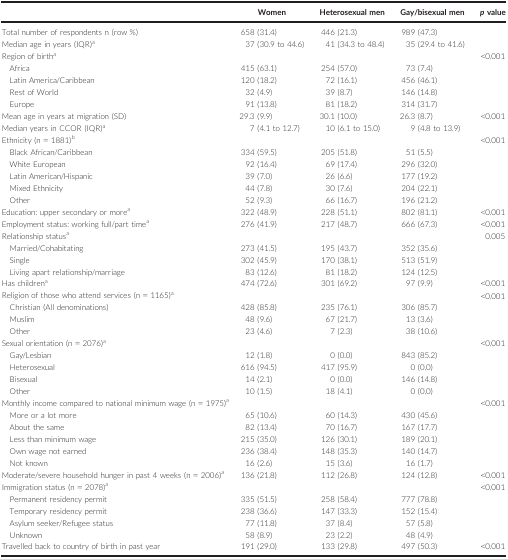
<table><thead><tr><td><b> </b></td><td><b>Women</b></td><td><b>Heterosexual men</b></td><td><b>Gay/bisexual men</b></td><td><b><i>p</i> value</b></td></tr></thead><tbody><tr><td>Total number of respondents n (row %)</td><td>658 (31.4)</td><td>446 (21.3)</td><td>989 (47.3)</td><td></td></tr><tr><td>Median age in years (IQR)a</td><td>37 (30.9 to 44.6)</td><td>41 (34.3 to 48.4)</td><td>35 (29.4 to 41.6)</td><td></td></tr><tr><td colspan="4">Region of birtha</td><td>&lt;0.001</td></tr><tr><td>Africa</td><td>415 (63.1)</td><td>254 (57.0)</td><td>73 (7.4)</td><td rowspan="4"></td></tr><tr><td>Latin America/Caribbean</td><td>120 (18.2)</td><td>72 (16.1)</td><td>456 (46.1)</td></tr><tr><td>Rest of World</td><td>32 (4.9)</td><td>39 (8.7)</td><td>146 (14.8)</td></tr><tr><td>Europe</td><td>91 (13.8)</td><td>81 (18.2)</td><td>314 (31.7)</td></tr><tr><td>Mean age in years at migration (SD)</td><td>29.3 (9.9)</td><td>30.1 (10.0)</td><td>26.3 (8.7)</td><td>&lt;0.001</td></tr><tr><td>Median years in CCOR (IQR)a</td><td>7 (4.1 to 12.7)</td><td>10 (6.1 to 15.0)</td><td>9 (4.8 to 13.9)</td><td></td></tr><tr><td colspan="4">Ethnicity (n = 1881)b</td><td>&lt;0.001</td></tr><tr><td>Black African/Caribbean</td><td>334 (59.5)</td><td>205 (51.8)</td><td>51 (5.5)</td><td rowspan="5"></td></tr><tr><td>White European</td><td>92 (16.4)</td><td>69 (17.4)</td><td>296 (32.0)</td></tr><tr><td>Latin American/Hispanic</td><td>39 (7.0)</td><td>26 (6.6)</td><td>177 (19.2)</td></tr><tr><td>Mixed Ethnicity</td><td>44 (7.8)</td><td>30 (7.6)</td><td>204 (22.1)</td></tr><tr><td>Other</td><td>52 (9.3)</td><td>66 (16.7)</td><td>196 (21.2)</td></tr><tr><td>Education: upper secondary or morea</td><td>322 (48.9)</td><td>228 (51.1)</td><td>802 (81.1)</td><td>&lt;0.001</td></tr><tr><td>Employment status: working full/part timea</td><td>276 (41.9)</td><td>217 (48.7)</td><td>666 (67.3)</td><td>&lt;0.001</td></tr><tr><td colspan="4">Relationship statusa</td><td>0.005</td></tr><tr><td>Married/Cohabitating</td><td>273 (41.5)</td><td>195 (43.7)</td><td>352 (35.6)</td></tr><tr><td>Single</td><td>302 (45.9)</td><td>170 (38.1)</td><td>513 (51.9)</td></tr><tr><td>Living apart relationship/marriage</td><td>83 (12.6)</td><td>81 (18.2)</td><td>124 (12.5)</td></tr><tr><td>Has childrena</td><td>474 (72.6)</td><td>301 (69.2)</td><td>97 (9.9)</td><td>&lt;0.001</td></tr><tr><td colspan="5">Religion of those who attend services (n = 1165)a</td></tr><tr><td>Christian (All denominations)</td><td>428 (85.8)</td><td>235 (76.1)</td><td>306 (85.7)</td><td rowspan="3">&lt;0.001</td></tr><tr><td>Muslim</td><td>48 (9.6)</td><td>67 (21.7)</td><td>13 (3.6)</td></tr><tr><td>Other</td><td>23 (4.6)</td><td>7 (2.3)</td><td>38 (10.6)</td></tr><tr><td colspan="4">Sexual orientation (n = 2076)a</td><td>&lt;0.001</td></tr><tr><td>Gay/Lesbian</td><td>12 (1.8)</td><td>0 (0.0)</td><td>843 (85.2)</td><td rowspan="4"></td></tr><tr><td>Heterosexual</td><td>616 (94.5)</td><td>417 (95.9)</td><td>0 (0.0)</td></tr><tr><td>Bisexual</td><td>14 (2.1)</td><td>0 (0.0)</td><td>146 (14.8)</td></tr><tr><td>Other</td><td>10 (1.5)</td><td>18 (4.1)</td><td>0 (0.0)</td></tr><tr><td colspan="4">Monthly income compared to national minimum wage (n = 1975)a</td><td>&lt;0.001</td></tr><tr><td>More or a lot more</td><td>65 (10.6)</td><td>60 (14.3)</td><td>430 (45.6)</td><td rowspan="5"></td></tr><tr><td>About the same</td><td>82 (13.4)</td><td>70 (16.7)</td><td>167 (17.7)</td></tr><tr><td>Less than minimum wage</td><td>215 (35.0)</td><td>126 (30.1)</td><td>189 (20.1)</td></tr><tr><td>Own wage not earned</td><td>236 (38.4)</td><td>148 (35.3)</td><td>140 (14.7)</td></tr><tr><td>Not known</td><td>16 (2.6)</td><td>15 (3.6)</td><td>16 (1.7)</td></tr><tr><td>Moderate/severe household hunger in past 4 weeks (n = 2006)a</td><td>136 (21.8)</td><td>112 (26.8)</td><td>124 (12.8)</td><td>&lt;0.001</td></tr><tr><td colspan="4">Immigration status (n = 2078)a</td><td>&lt;0.001</td></tr><tr><td>Permanent residency permit</td><td>335 (51.5)</td><td>258 (58.4)</td><td>777 (78.8)</td><td rowspan="4"></td></tr><tr><td>Temporary residency permit</td><td>238 (36.6)</td><td>147 (33.3)</td><td>152 (15.4)</td></tr><tr><td>Asylum seeker/Refugee status</td><td>77 (11.8)</td><td>37 (8.4)</td><td>57 (5.8)</td></tr><tr><td>Unknown</td><td>58 (8.9)</td><td>23 (2.2)</td><td>48 (4.9)</td></tr><tr><td>Travelled back to country of birth in past year</td><td>191 (29.0)</td><td>133 (29.8)</td><td>497 (50.3)</td><td>&lt;0.001</td></tr></tbody></table>